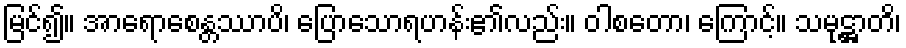
မြင်၍။ အာရောစေန္တဿာပိ၊ ပြောသောရဟန်း၏လည်း။ ဝါစတော၊ ကြောင့်။ သမုဋ္ဌာတိ၊